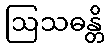
ဩသဓန္တိ